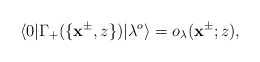
\begin{align*}\langle 0|\Gamma_+(\{\mathbf{x}^{\pm},z\})|\lambda^{o}\rangle=o_\lambda(\mathbf{x}^{\pm};z),\end{align*}